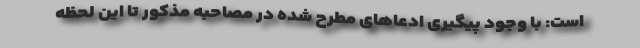
است: با وجود پیگیری ادعاهای مطرح شده در مصاحبه مذکور تا این لحظه